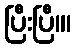
ပြီးပြီ။၊